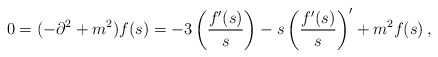
\begin{align*}0 = (-\partial^2 + m^2)f(s) =-3 \left( f'(s)\over s\right)- s \left( f'(s)\over s\right)' + m^2 f(s)\,,\end{align*}